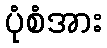
ပုံစံအား